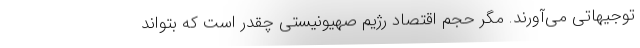
توجیهاتی می‌آورند. مگر حجم اقتصاد رژیم صهیونیستی چقدر است که بتواند